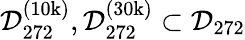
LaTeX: \mathcal{D}_{272}^{(\mathrm{10k})},\mathcal{D}_{272}^{(\mathrm{30k})}\subset\mathcal{D}_{272}